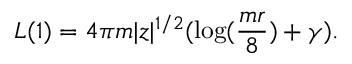
L ( 1 ) = 4 \pi m | z | ^ { 1 / 2 } ( \log ( { \frac { m r } { 8 } } ) + \gamma ) .